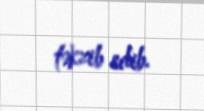
təkzib edib.